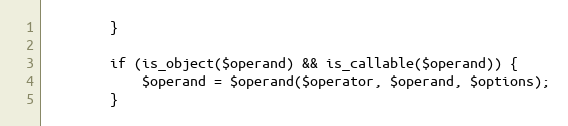
Language: PHP
 		}

 		if (is_object($operand) && is_callable($operand)) {
 			$operand = $operand($operator, $operand, $options);
 		}